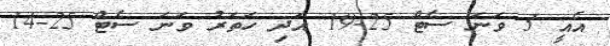
އެއީ 3 ވަނަ ސެޓް 25-19 އަދި ހަތަރު ވަނަ ސެޓް 25-14